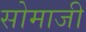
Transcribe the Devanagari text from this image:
सोमाजी